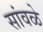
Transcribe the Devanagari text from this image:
सांवळे